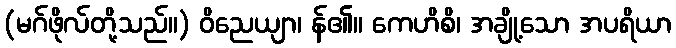
(မဂ်ဖိုလ်တို့သည်။) ဝိညေယျာ၊ န်၏။ ကေဟိစိ၊ အချို့သော အပရိယာ